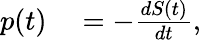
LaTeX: \begin{array}{rl}{p(t)}&{{}=-\frac{dS(t)}{dt},}\end{array}